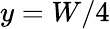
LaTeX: y=W/4